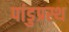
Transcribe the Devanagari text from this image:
पांडुप्रस्थ